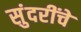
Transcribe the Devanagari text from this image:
सुंदरींचे